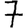
Digit: 7